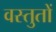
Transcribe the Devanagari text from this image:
वस्तुतों